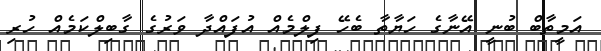
އަމީތާބް ބުނީ އޭނާގެ ހަޔާތާ ބެހޭ ފިލްމެއް އުފައްދާ ވަރުގެ ގާބިލްކަމެއް ހުރި